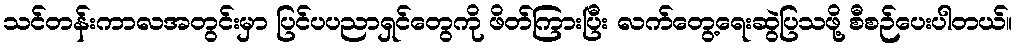
သင်တန်းကာလအတွင်းမှာ ပြင်ပပညာရှင်တွေကို ဖိတ်ကြားပြီး လက်တွေ့ရေးဆွဲပြသဖို့ စီစဉ်ပေးပါတယ်။